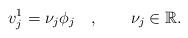
LaTeX: \begin{align*}v_j^1=\nu_j\phi_j~~~,~~~~~~\nu_j\in\mathbb{R}.\end{align*}